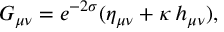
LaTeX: G _ { \mu \nu } = e ^ { - 2 \sigma } ( \eta _ { \mu \nu } + \kappa \, h _ { \mu \nu } ) ,